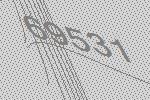
69531